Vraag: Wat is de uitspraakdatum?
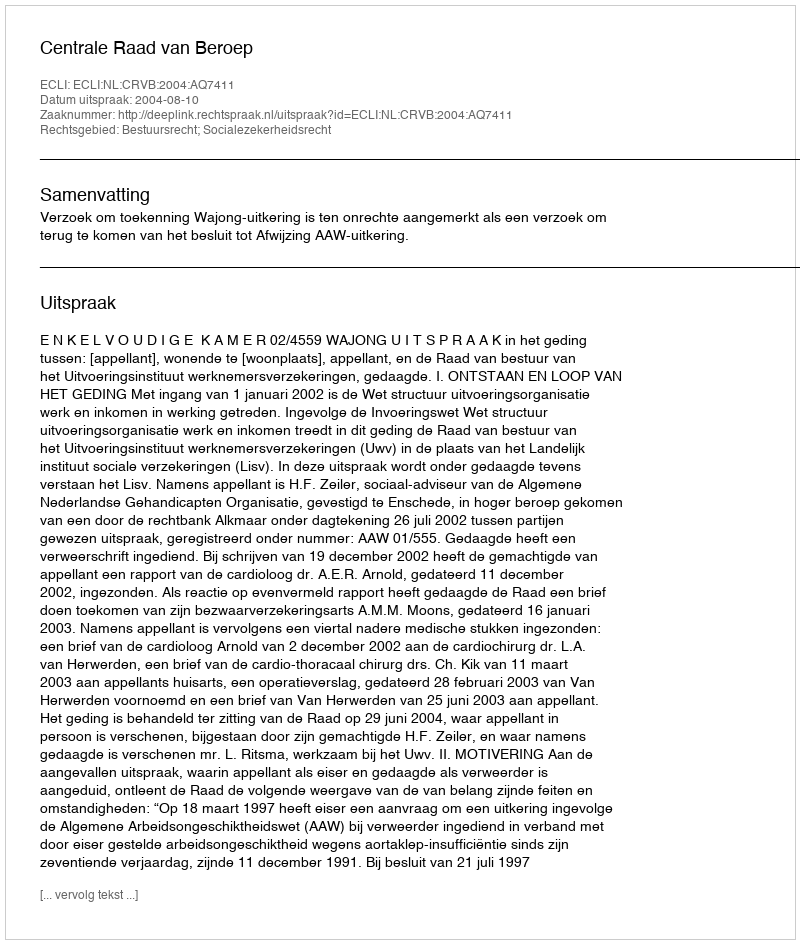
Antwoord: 2004-08-10